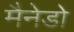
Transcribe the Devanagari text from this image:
मैनेडो